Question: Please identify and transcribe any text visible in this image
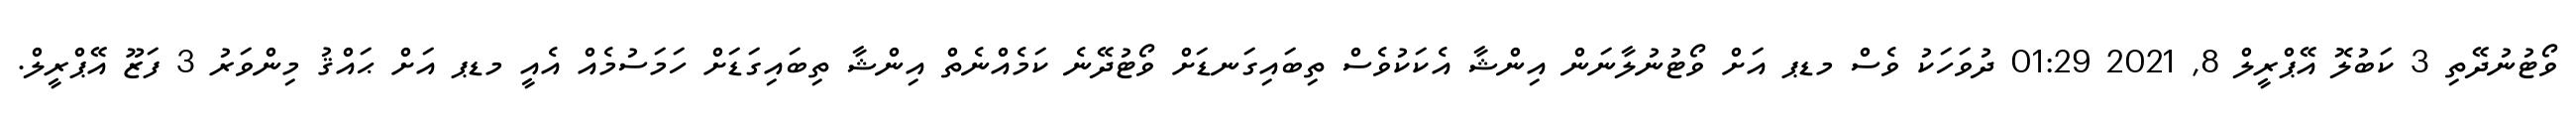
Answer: ވޯޓުނުދޭތި 3 ކަބުލޮ އޭޕްރީލް 8, 2021 01:29 ދުވަހަކު ވެސް މޑޕ އަށް ވޯޓުނުލާނަން އިންޝާ އެކަކުވެސް ތިބައިގަނޑަށް ވޯޓުދޭނެ ކަމެއްނެތް އިންޝާ ތިބައިގަޑަށް ހަމަސުމެއް އެއީ މޑޕ އަށް ޙައްޤު މިންވަރު 3 ފަޒޫ އޭޕްރީލް.